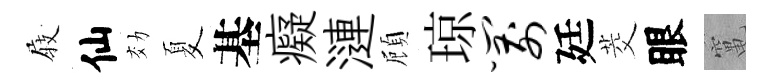
𡲆仙効夏基癡漣頋琼箭廷茭眼𥧄